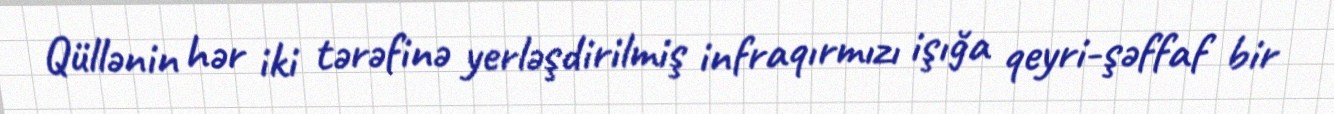
Qüllənin hər iki tərəfinə yerləşdirilmiş infraqırmızı işığa qeyri-şəffaf bir